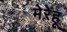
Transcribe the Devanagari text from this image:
मेरेहू